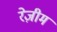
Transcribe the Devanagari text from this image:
रेज़ीम